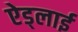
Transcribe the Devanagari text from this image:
ऐड्लाई